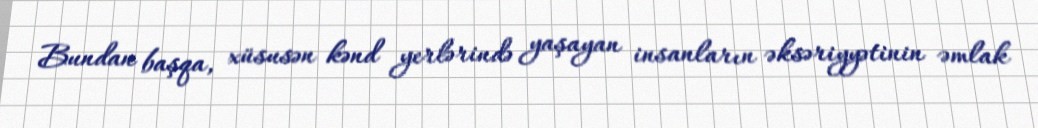
Bundan başqa, xüsusən kənd yerlərində yaşayan insanların əksəriyyətinin əmlak